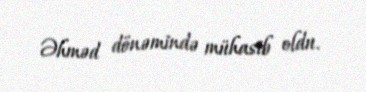
Əhməd dönəmində mühasib oldu.